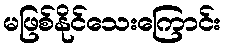
မဖြစ်နိုင်သေးကြောင်း